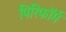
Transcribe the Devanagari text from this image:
पिरिफॉर्म